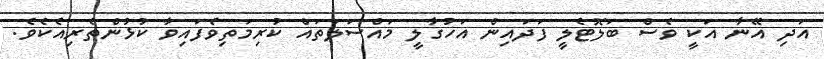
އަދި އޭނާ އަކީ ވެސް ބަލޮޓެލީ ފަދައިން އަހުގާލީ މައްސަލަތައް ކުރިމަތިވެފައިވާ ކުޅުންތެރިއެކެވެ.